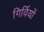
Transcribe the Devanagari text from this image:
गिर्वियों